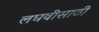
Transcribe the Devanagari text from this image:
लघवीसाठी